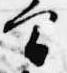
間